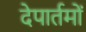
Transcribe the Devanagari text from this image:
देपार्तमों